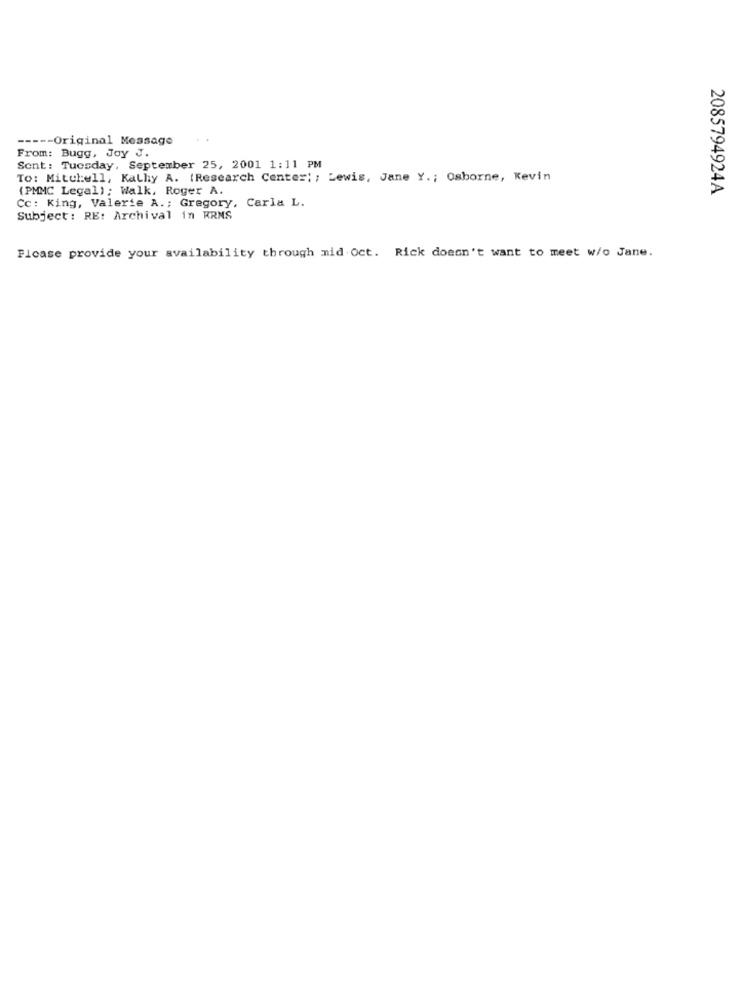
----- Original Message
From: Bugg, Joy J.
Sent: Tuesday, September 25, 2001 1:11 PM
To: Mitukell, Kathy A. (Research Center; ; Lewis, Jane Y .; Osborne, Kevin
(PMMC Legal); Walk, Roger A.
2085794924A
Cc: King, Valerie A .; Gregory, Carla L.
Subject : RE: Archival in KRNS
Ficase provide your availability through mid Oct. Rick doesn't want to meet w/o Jane.